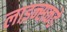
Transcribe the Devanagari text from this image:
लाइन्सकडे